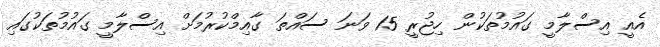
އެއީ އިސްލާމީ ގައުމުތަކުން ހިޖުރީ 15 ވަނަ ސައްތަ ގާއިމްކުރުމަށް އިސްލާމީ ގައުމުތަކުގައި